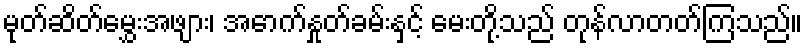
မုတ်ဆိတ်မွှေးအဖျား၊ အောက်နှုတ်ခမ်းနှင့် မေးတို့သည် တုန်လာတတ်ကြသည်။